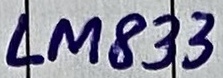
Text: LM833